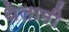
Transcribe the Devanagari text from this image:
थेलामी